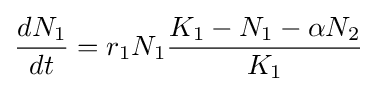
{\frac {dN_{1}}{dt}}=r_{1}N_{1}{\frac {K_{1}-N_{1}-\alpha N_{2}}{K_{1}}}